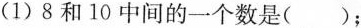
(1)8和10中间的一个数是（）；